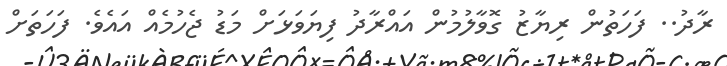
ރާދު.. ފަހަތުން ރިޔާޒު ގޮވާލުމުން އައްރާދު ފިޔަވަޅަށް މަޑު ޖެހުމެއް އައެވެ. ފަހަތަށް